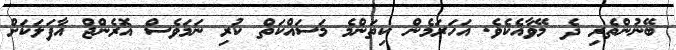
ބޭނުންތެރި ދެ މޭވާއެކެވެ. އަހަރަމެން ކިތަންމެ މަސައްކަތް ކުރި ނަމަވެސް އޮރެންޖް އާފަލަކަށް